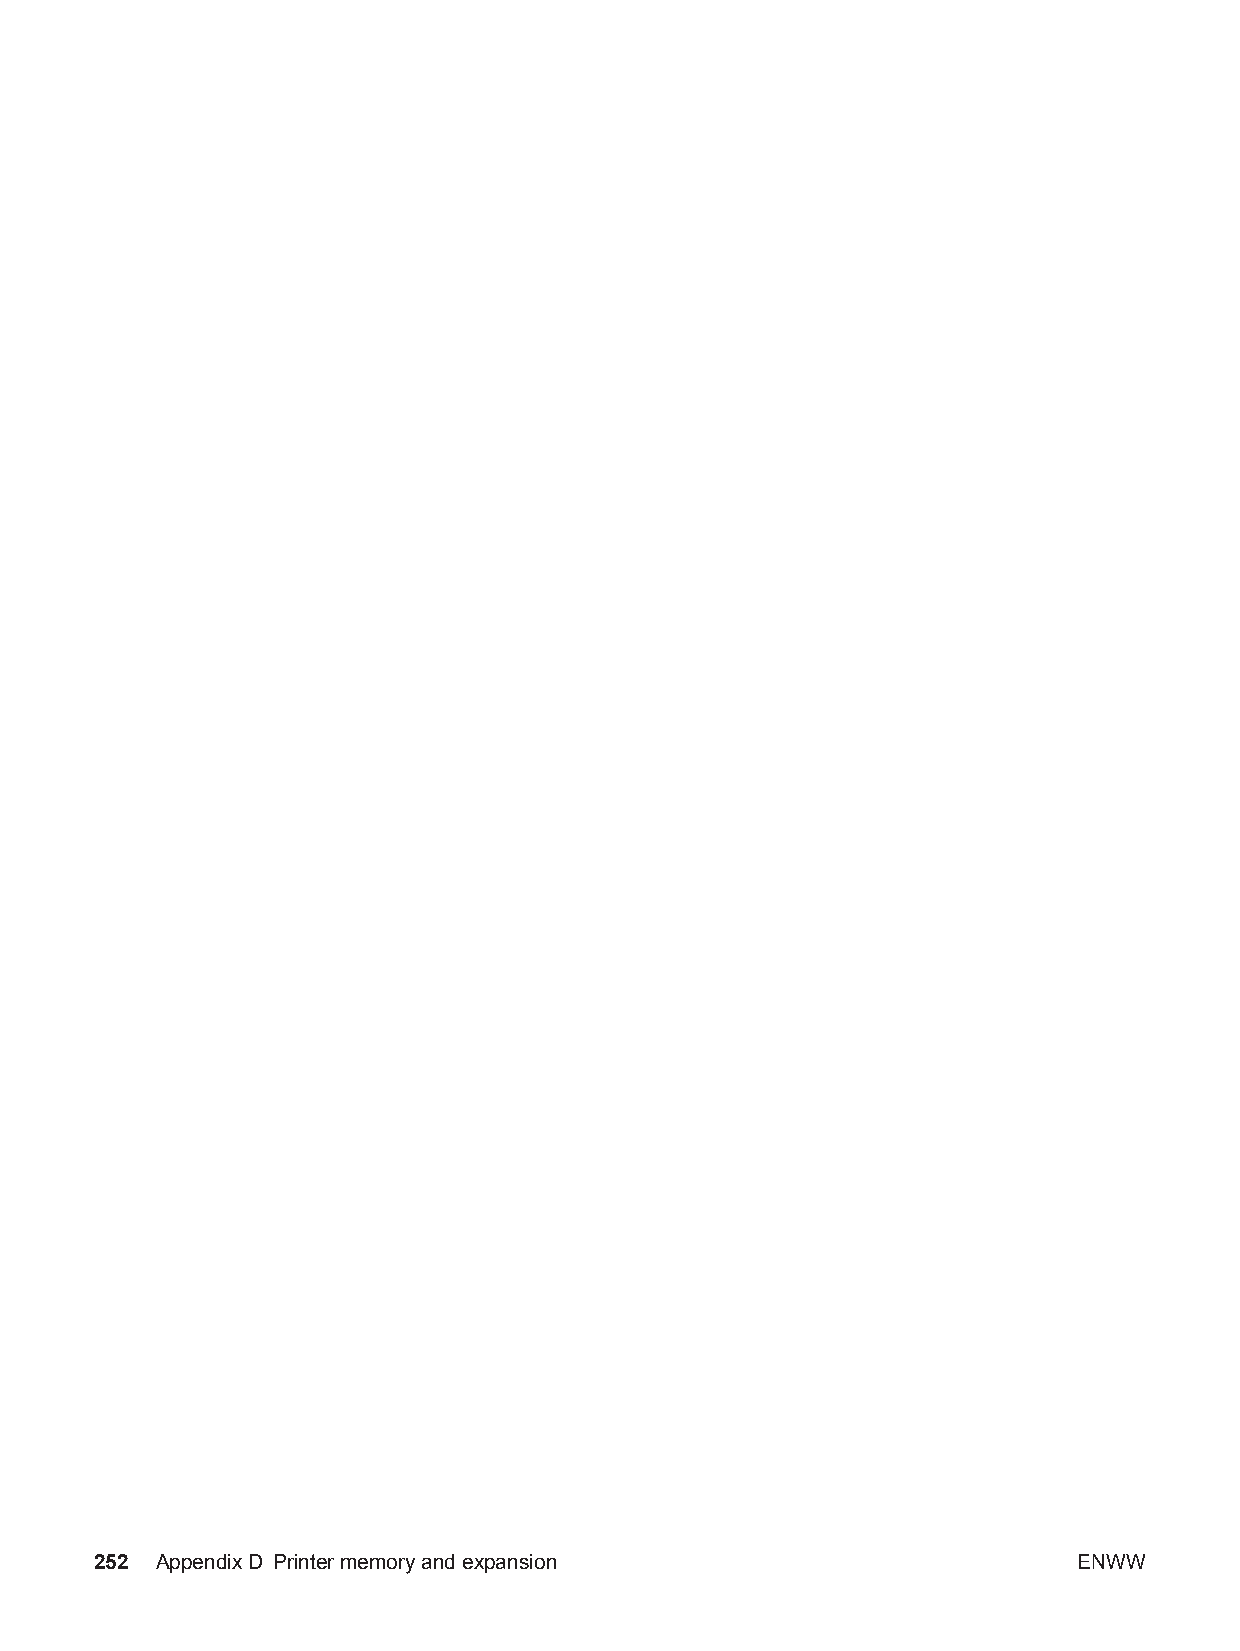
252 AppendixD Printer memory and expansion                       ENWW